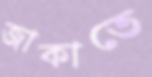
জাকাতে